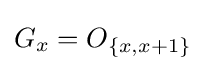
G_{x}=O_{\{x,x+1\}}